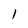
Character: l